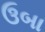
ઉબા